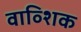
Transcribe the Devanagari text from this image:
वाव्शिक